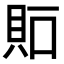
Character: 𧵀